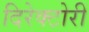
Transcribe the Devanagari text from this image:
दिरेक्टोरी